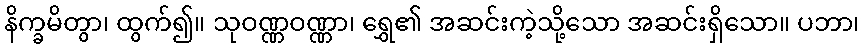
နိက္ခမိတွာ၊ ထွက်၍။ သုဝဏ္ဏဝဏ္ဏာ၊ ရွှေ၏ အဆင်းကဲ့သို့သော အဆင်းရှိသော။ ပဘာ၊